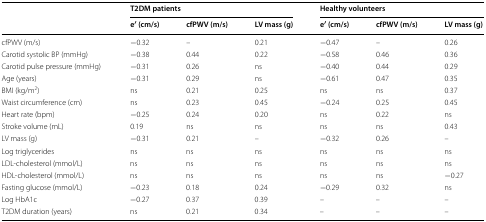
<table><thead><tr><td rowspan="2"></td><td colspan="3"><b>T2DM patients</b></td><td colspan="3"><b>Healthy volunteers</b></td></tr><tr><td><b>e′ (cm/s)</b></td><td><b>cfPWV (m/s)</b></td><td><b>LV mass (g)</b></td><td><b>e′ (cm/s)</b></td><td><b>cfPWV (m/s)</b></td><td><b>LV mass (g)</b></td></tr></thead><tbody><tr><td>cfPWV (m/s)</td><td>−0.32</td><td>–</td><td>0.21</td><td>−0.47</td><td>–</td><td>0.26</td></tr><tr><td>Carotid systolic BP (mmHg)</td><td>−0.38</td><td>0.44</td><td>0.22</td><td>−0.58</td><td>0.46</td><td>0.36</td></tr><tr><td>Carotid pulse pressure (mmHg)</td><td>−0.31</td><td>0.26</td><td>ns</td><td>−0.40</td><td>0.44</td><td>0.29</td></tr><tr><td>Age (years)</td><td>−0.31</td><td>0.29</td><td>ns</td><td>−0.61</td><td>0.47</td><td>0.35</td></tr><tr><td>BMI (kg/m<sup>2</sup>)</td><td>ns</td><td>0.21</td><td>0.25</td><td>ns</td><td>ns</td><td>0.37</td></tr><tr><td>Waist circumference (cm)</td><td>ns</td><td>0.23</td><td>0.45</td><td>−0.24</td><td>0.25</td><td>0.45</td></tr><tr><td>Heart rate (bpm)</td><td>−0.25</td><td>0.24</td><td>0.20</td><td>ns</td><td>0.22</td><td>ns</td></tr><tr><td>Stroke volume (mL)</td><td>0.19</td><td>ns</td><td>ns</td><td>ns</td><td>ns</td><td>0.43</td></tr><tr><td>LV mass (g)</td><td>−0.31</td><td>0.21</td><td>–</td><td>−0.32</td><td>0.26</td><td>–</td></tr><tr><td>Log triglycerides</td><td>ns</td><td>ns</td><td>ns</td><td>ns</td><td>ns</td><td>ns</td></tr><tr><td>LDL-cholesterol (mmol/L)</td><td>ns</td><td>ns</td><td>ns</td><td>ns</td><td>ns</td><td>ns</td></tr><tr><td>HDL-cholesterol (mmol/L)</td><td>ns</td><td>ns</td><td>ns</td><td>ns</td><td>ns</td><td>−0.27</td></tr><tr><td>Fasting glucose (mmol/L)</td><td>−0.23</td><td>0.18</td><td>0.24</td><td>−0.29</td><td>0.32</td><td>ns</td></tr><tr><td>Log HbA1c</td><td>−0.27</td><td>0.37</td><td>0.39</td><td>–</td><td>–</td><td>–</td></tr><tr><td>T2DM duration (years)</td><td>ns</td><td>0.21</td><td>0.34</td><td>–</td><td>–</td><td>–</td></tr></tbody></table>